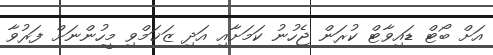
އަށް ބޯޓް ޑައިވާޓް ކުރަން ޖެހުނު ކަމަށާއި އަދި ޒަޚަމްވި މީހުންނަށް ފަރުވާ